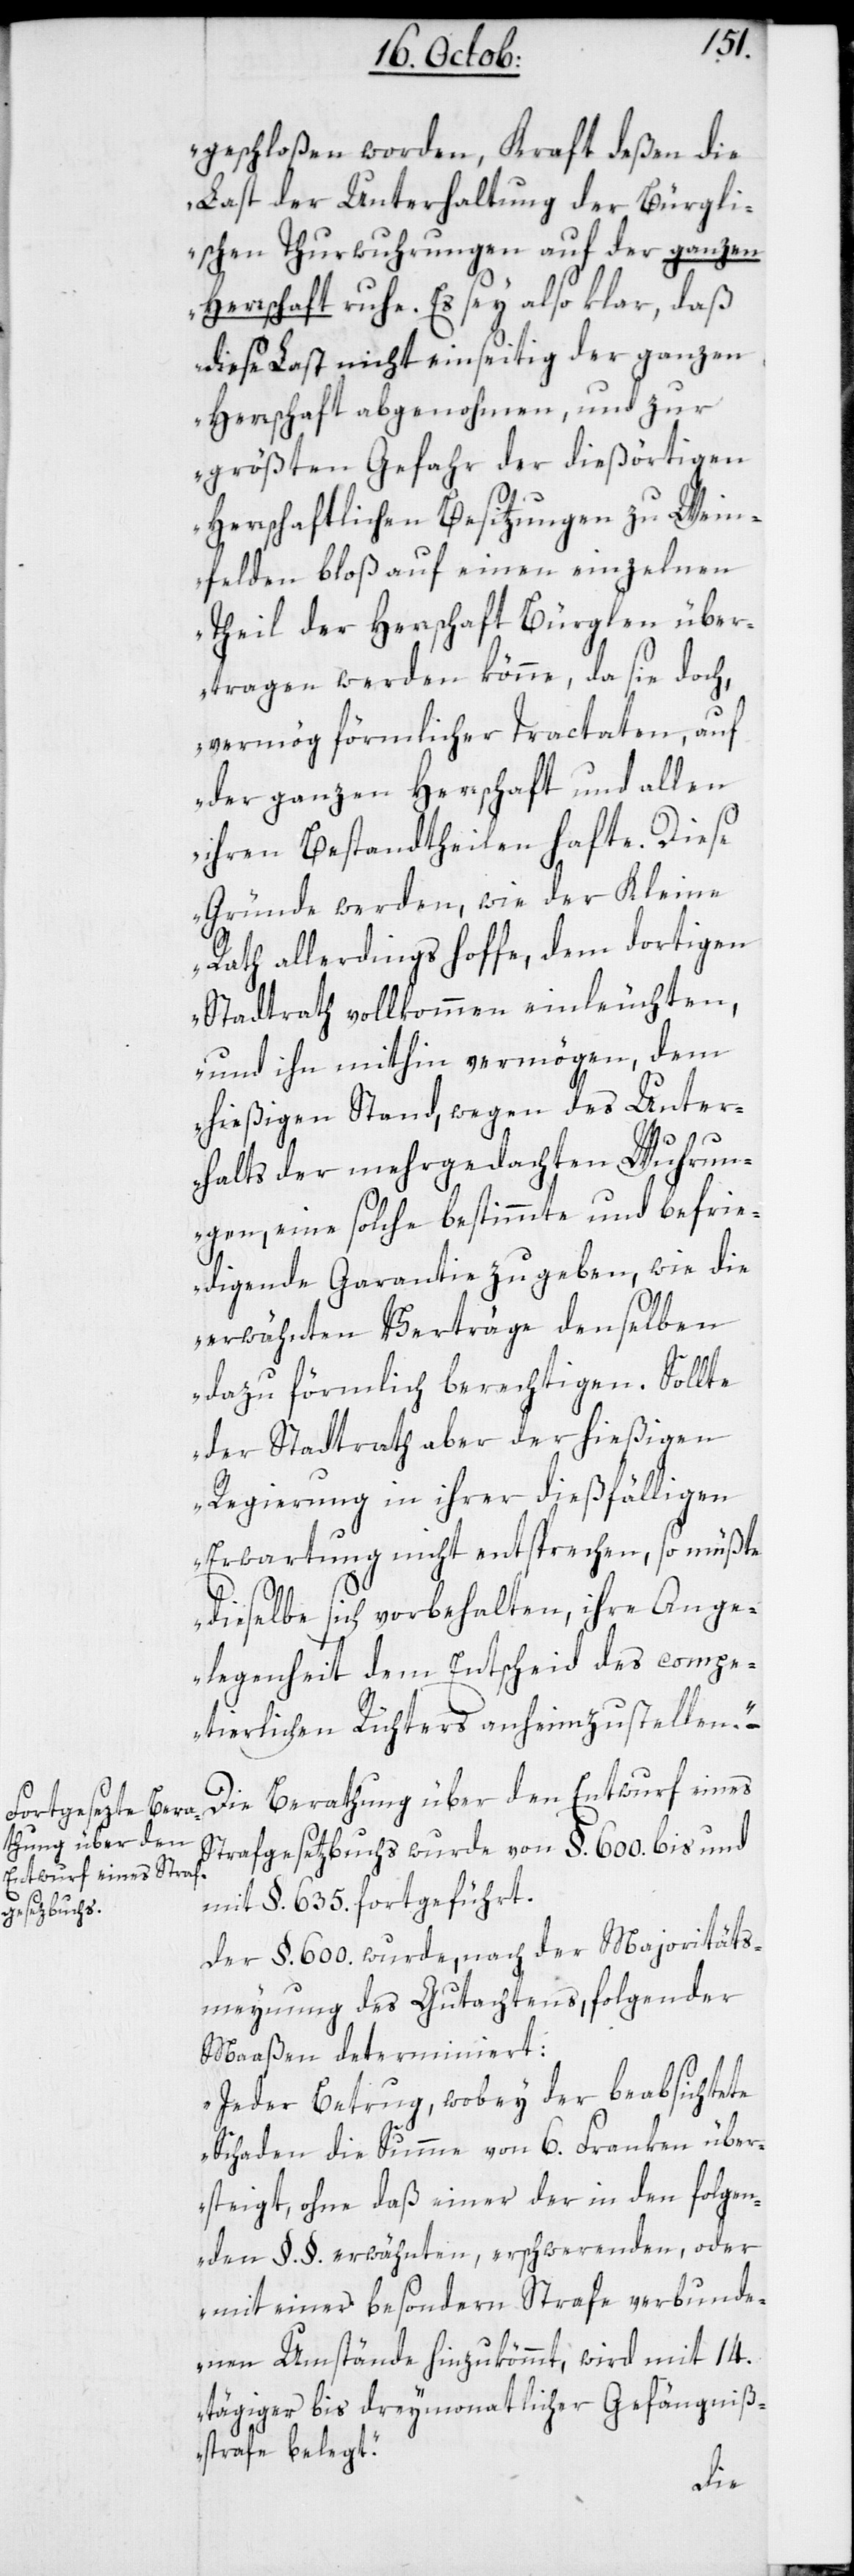
geschloßen worden, Kraft deßen die
Last der Unterhaltung der Bürgli¬
schen Thurwuhrungen auf der ganzen
Herrschaft ruhe. Es sey also klar, daß
diese Last nicht einseitig der ganzen
Herrschaft abgenohmen und zur
größten Gefahr der dießörtigen
Herrschaftlichen Besitzungen zu Wein¬
felden bloß auf einen einzelnen
Theil der Herrschaft Bürglen über¬
tragen werden könne, da sie doch
vermög förmlicher Tractaten, auf
der ganzen Herrschaft und allen
ihren Bestandtheilen hafte. Diese
Gründe werden, wie der Kleine
Rath allerdings hoffe, dem dortigen
Stadtrath vollkommen einleuchten,
und ihn mithin vermögen, dem
hießigen Stand, wegen des Unter¬
halts der mehrgedachten Wuhrun¬
gen, eine solche bestimmte und befrie¬
digende Garantie zu geben, wie die
erwähnten Verträge denselben
dazu förmlich berechtigen. Sollte
der Stadtrath aber der hießigen
Regierung in ihrer dießfälligen
Erwartung nicht entsprechen, so müßte
dieselbe sich vorbehalten, ihre Ange¬
legenheit dem Entscheid des compe¬
tierlichen Richters anheimzustellen“.
Die Berathung über den Entwurf eines
Strafgesetzbuchs wurde von §. 600. bis und
mit §. 635. fortgeführt.
Der §. 600. wurde, nach der Majoritäts¬
meynung des Gutachtens, folgender
Maßen determiniert:
„Jeder Betrug, wobey der beabsichtete
Schaden die Summe von 6. Franken über¬
steigt, ohne daß einer der in den folgen¬
den §.§. erwähnten, erschwerenden, oder
mit einer besondern Strafe verbunde¬
nen Umstände hinzukömmt, wird mit 14.
tägiger bis dreymonatlicher Gefängniß¬
strafe belegt“.